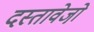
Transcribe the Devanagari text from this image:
दस्तावेजो़